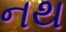
નથ